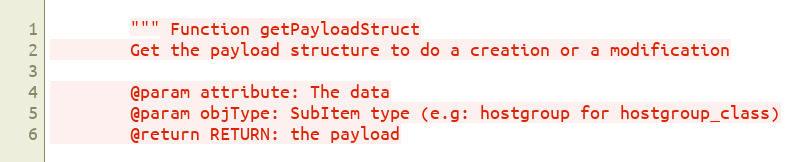
Language: Python
        """ Function getPayloadStruct
        Get the payload structure to do a creation or a modification

        @param attribute: The data
        @param objType: SubItem type (e.g: hostgroup for hostgroup_class)
        @return RETURN: the payload